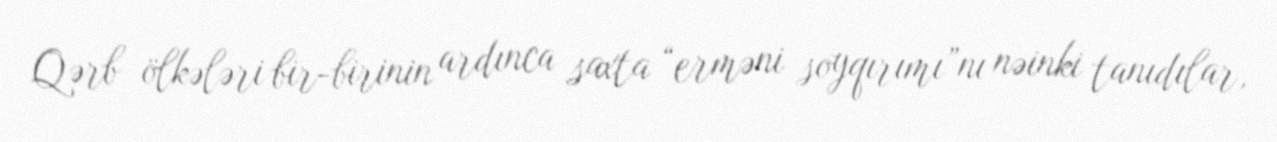
Qərb ölkələri bir-birinin ardınca saxta “erməni soyqırımı”nı nəinki tanıdılar,